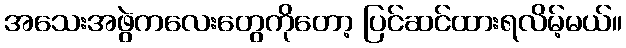
အသေးအဖွဲကလေးတွေကိုတော့ ပြင်ဆင်ထားရလိမ့်မယ်။